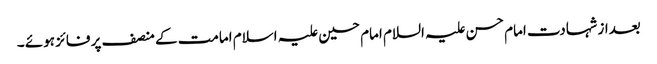
بعداز شہادت امام حسن علیہ السلام امام حسین علیہ اسلام امامت کے منصف پر فائز ہوئے ۔